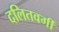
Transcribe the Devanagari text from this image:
दलितवर्गी